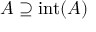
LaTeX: A \supseteq \operatorname { i n t } ( A )